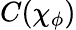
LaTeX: C(\chi_{\phi})